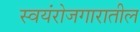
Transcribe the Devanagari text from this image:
स्वयंरोजगारातील